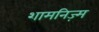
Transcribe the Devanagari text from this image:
शामनिज़्म